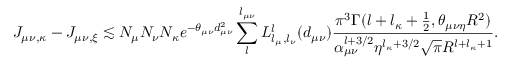
J _ { \mu \nu , \kappa } - J _ { \mu \nu , \xi } \lesssim N _ { \mu } N _ { \nu } N _ { \kappa } e ^ { - \theta _ { \mu \nu } d _ { \mu \nu } ^ { 2 } } \sum _ { l } ^ { l _ { \mu \nu } } L _ { l _ { \mu } , l _ { \nu } } ^ { l } ( d _ { \mu \nu } ) \frac { \pi ^ { 3 } \Gamma ( l + l _ { \kappa } + \frac { 1 } { 2 } , \theta _ { \mu \nu \eta } R ^ { 2 } ) } { \alpha _ { \mu \nu } ^ { l + 3 / 2 } \eta ^ { l _ { \kappa } + 3 / 2 } \sqrt { \pi } R ^ { l + l _ { \kappa } + 1 } } .